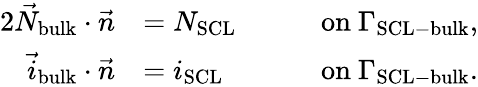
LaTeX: \begin{array}{rlrl}{{2}\vec{N}_{\mathrm{bulk}}\cdot\vec{n}}&{=N_{\mathrm{SCL}}\quad}&&{\mathrm{on}\ \Gamma_{\mathrm{SCL-bulk}},}\\ {\vec{i}_{\mathrm{bulk}}\cdot\vec{n}}&{=i_{\mathrm{SCL}}}&&{\mathrm{on}\ \Gamma_{\mathrm{SCL-bulk}}.}\end{array}